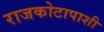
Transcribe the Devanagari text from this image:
राजकोटापाशी